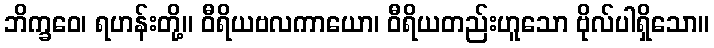
ဘိက္ခဝေ၊ ရဟန်းတို့။ ဝီရိယဗလကာယော၊ ဝီရိယတည်းဟူသော ဗိုလ်ပါရှိသော။